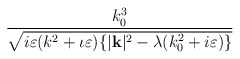
\begin{align*}\frac{k_{0}^{3}}{\sqrt{i\varepsilon (k^{2}+\iota \varepsilon )\{|\mathbf{k}|^{2}-\lambda (k_{0}^{2}+i\varepsilon )\}}}\end{align*}